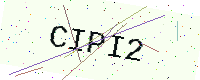
Text: CIPI2